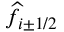
\widehat { f } _ { i \pm 1 / 2 }